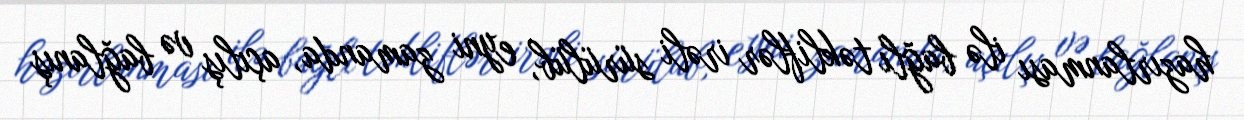
hazırlanması ilə bağlı təkliflər irəli sürülüb, eyni zamanda, açılış və bağlanış